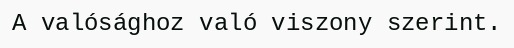
A valósághoz való viszony szerint.